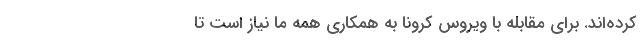
کرده‌اند. برای مقابله با ویروس کرونا به همکاری همه ما نیاز است تا